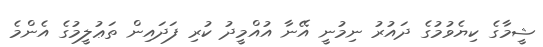
ޝީމާގެ ކިޔެވުމުގެ ދައުރު ނިމުނީ އޭނާ އުއްމީދު ކުރި ފަދައިން ތަޢުލީމުގެ އެންމެ